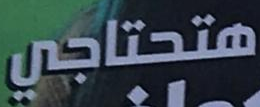
هتحتاجي